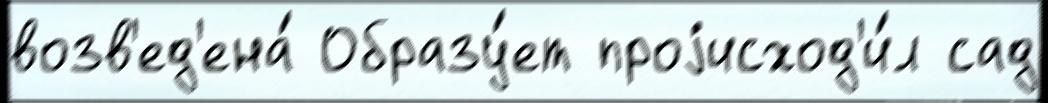
возв'ед'ена́ Образу́ет проjисход'и́л сад